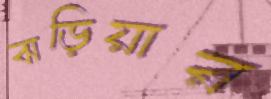
ঝড়িয়ার